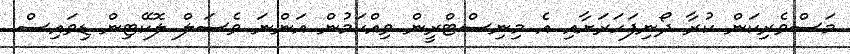
މަސްވެރިކަން ކުރާ ދޯނިފަހަރަށާއި އެ މިނިސްޓްރީން ވިއްކަމުން އަންނަ ވެސަލް ލޮކޭޓިން ޑިވައިސް